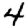
Digit: 4